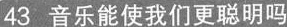
43 音乐能使我们更聪明吗